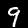
Digit: 9